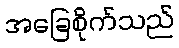
အခြေစိုက်သည်